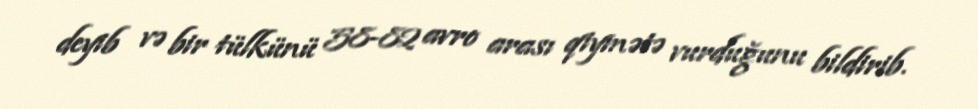
deyib və bir tülkünü 58-82 avro arası qiymətə vurduğunu bildirib.